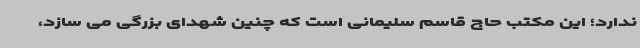
ندارد؛ این مکتب حاج قاسم سلیمانی است که چنین شهدای بزرگی می سازد،